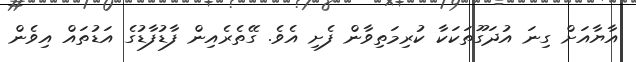
އާޔާއަށް ގިނަ އުދަގޫތަކަކާ ކުރިމަތިވާން ފެށި އެވެ. ގޭތެރެއިން ފާޑުފާޑުގެ އަޑުތައް އިވެން